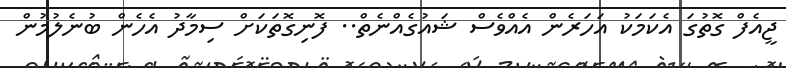
ޖީއެފް ގޮތުގަ އެކަމަކު އަހަރެން އެއްވެސް ޝައުގެއްނެތް.. ފޮނިގޮތަކަށް ސިމާދު އެހެން ބުނެލުމުން